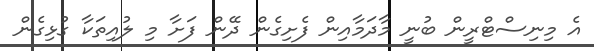
އެ މިނިސްޓްރީން ބުނީ މާދަމާއިން ފެށިގެން ދޭން ފަށާ މި ލުއިތަކާ ގުޅިގެން